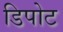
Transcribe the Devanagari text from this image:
डिपोट